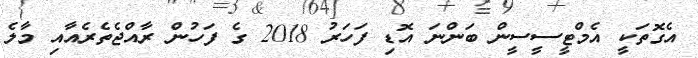
އެގޮތަކީ އެމްޓީސީސީން ބަންނަ އޮޑި ފަހަރު 2018 ގެ ފަހުން ރާއްޖެތެރެއާއި މާލެ